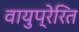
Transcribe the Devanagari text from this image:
वायुप्रेरित